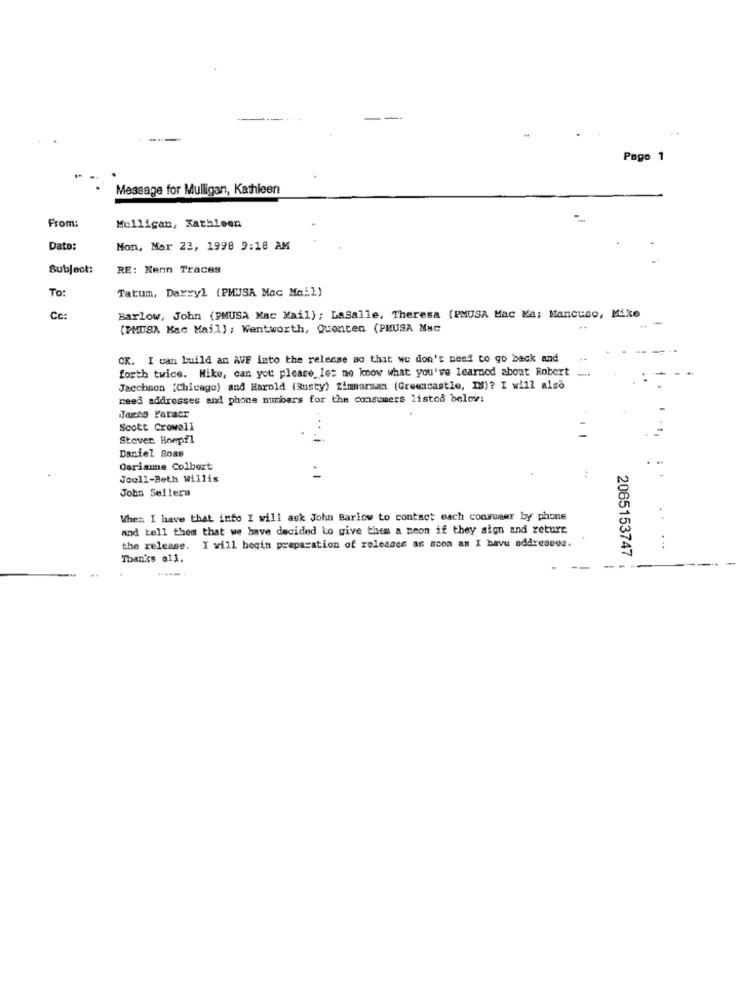
Page 1
Message for Mulligan, Kathleen
From:
Mulligan, Kathleen
Dato:
Mon, Mar 23, 1998 9:18 AM
Subject:
RE: Nenn Traces
TO:
Tatum, Darryl (PMUSA Mac Mail)
Cc:
Barlow, John (PMUSA Mac Mail) ; Lasalle, Theresa (PMUSA Mac Ka; Mancuso, Mike
(PMUSA Mac Mail) ; Wentworth, Quenten (PMUSA Nac
OK. I can build an AVE into the release so that we don't need to go back and
forth twice. Mike, can you please let me know what you've learned about Robert ....
Jacchson (Chicago) and Harold (Rusty) Zimarman (Greencastle, II)? I will also
need addresses and phone numbers for the consumers listod below:
Jacco Paracr
Scott Crowell
Stover. Hnepfl
...
Daniel Boas
Gariame Colbert
Joull-Beth Willis
John Sellera
When I have that info I will ask John Barlow to contact each consumer by phone
and tell them that we have decided to give them a neon if they sign and return
the release. I will begin preparation of releasee as soon as I bavu addresses.
Than'ss all.
2065153747